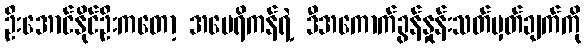
ဦးအောင်နိုင်ဦးကတော့ အမေရိကန်ရဲ့ ဒီအကောက်ခွန်နှုန်းသတ်မှတ်ချက်ကို